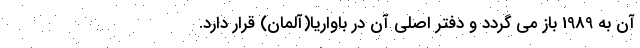
آن به 1989 باز می گردد و دفتر اصلی آن در باواریا(آلمان) قرار دارد.